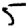
Digit: 5